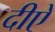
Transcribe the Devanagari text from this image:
दीऐ